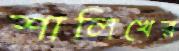
শালিখের